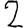
Digit: 2